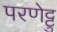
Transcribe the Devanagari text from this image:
परणेट्टु